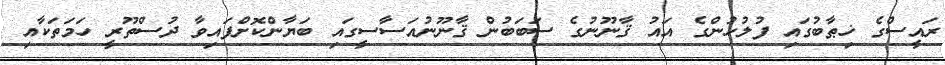
ރައީސްގެ ޚިޠާބުގައި ފުލުހުންގެ އައު ޤާނޫނުގެ ސަބަބުން ޤާނޫނުއަސާސީގައި ބަޔާންކޮށްފައިވާ ދުސްތޫރީ ހަމަތަކާއި